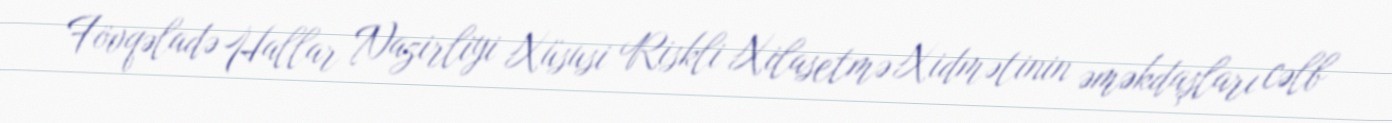
Fövqəladə Hallar Nazirliyi Xüsusi Riskli Xilasetmə Xidmətinin əməkdaşları cəlb